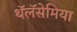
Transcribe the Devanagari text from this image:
थॅलॅसेमिया